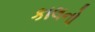
કાલનો